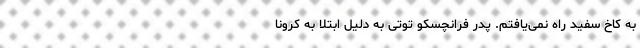
به کاخ سفید راه نمی‌یافتم. پدر فرانچسکو توتی به دلیل ابتلا به کرونا